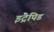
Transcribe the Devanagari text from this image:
इंट्रेपिड